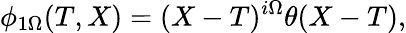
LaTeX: \phi_{1\Omega}(T,X)=(X-T)^{i\Omega}\theta(X-T),